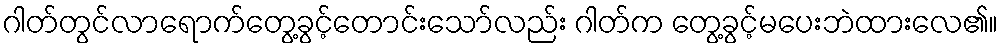
ဂါတ်တွင်လာရောက်တွေ့ခွင့်တောင်းသော်လည်း ဂါတ်က တွေ့ခွင့်မပေးဘဲထားလေ၏။